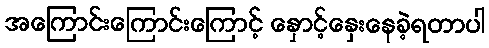
အကြောင်းကြောင်းကြောင့် နှောင့်နှေးနေခဲ့ရတာပါ